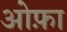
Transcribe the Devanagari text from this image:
ओफ़ा